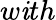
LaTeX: w\mathit{i}th